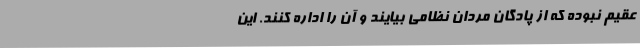
عقیم نبوده که از پادگان مردان نظامی بیایند و آن را اداره کنند. این